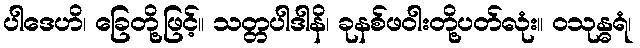
ပါဒေဟိ၊ ခြေတို့ဖြင့်။ သတ္တပါဒါနိ၊ ခုနစ်ဖဝါးတို့ပတ်လုံး။ ဝသုန္ဓရံ၊